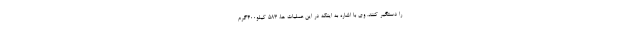
را دستگیر کنند. وی با اشاره به اینکه در این عملیات ها، 583 کیلو400گرم